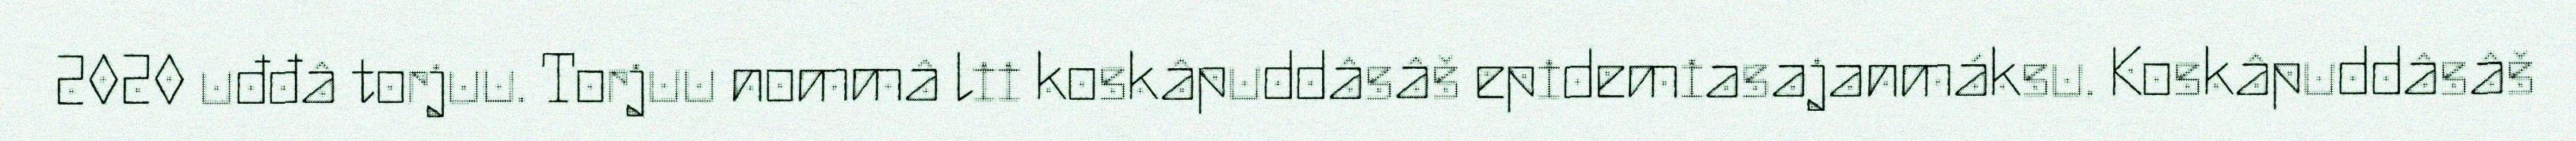
2020 uđđâ torjuu. Torjuu nommâ lii koskâpuddâsâš epidemiasajanmáksu. Koskâpuddâsâš